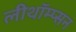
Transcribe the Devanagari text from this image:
लीथॉम्प्सन